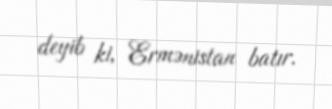
deyib ki, Ermənistan batır.